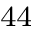
^ { 4 4 }